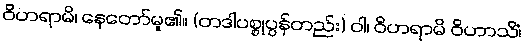
ဝိဟရာမိ၊ နေတော်မူ၏။ (တဒါပစ္စုပ္ပန်တည်း) ဝါ၊ ဝိဟရာမိ ဝိဟာသိံ၊